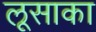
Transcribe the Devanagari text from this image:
लूसाका